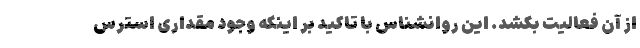
از آن فعالیت بکشد. این روانشناس با تاکید بر اینکه وجود مقداری استرس